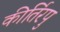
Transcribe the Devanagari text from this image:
कीर्तिरपु